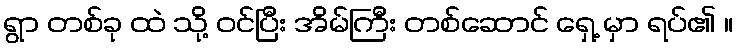
ရွာ တစ်ခု ထဲ သို့ ဝင်ပြီး အိမ်ကြီး တစ်ဆောင် ရှေ့ မှာ ရပ်၏ ။